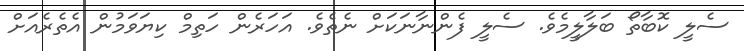
ސެލީ ކޮބާތޯ ބަލާލީމެވެ. ސެލީ ފެންނާނަކަށް ނެތެވެ. އަހަރެން ހަތިމް ކިޔަވަމުން އެތެރެއަށް